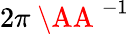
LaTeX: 2\pi\mathrm{~\AA~}^{-1}